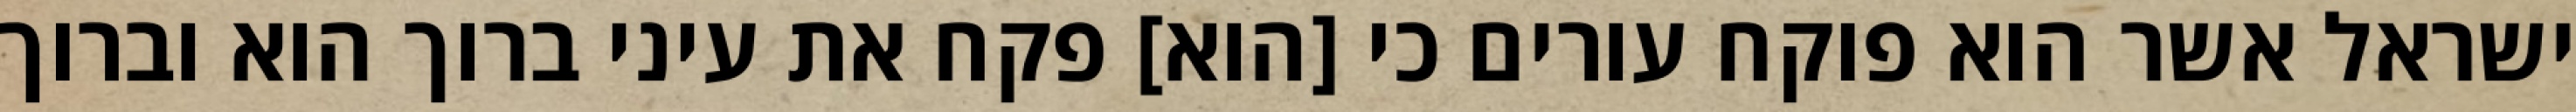
ישראל אשר הוא פוקח עורים כי [הוא] פקח את עיני ברוך הוא וברוך